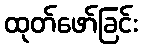
ထုတ်ဖော်ခြင်း